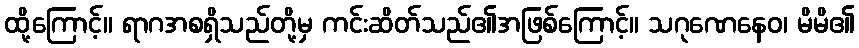
ထို့ကြောင့်။ ရာဂအစရှိသည်တို့မှ ကင်းဆိတ်သည်၏အဖြစ်ကြောင့်။ သဂုဏေနေဝ၊ မိမိ၏